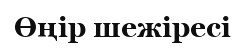
Өңір шежіресі